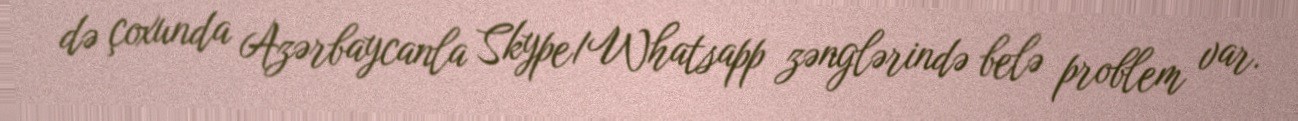
də çoxunda Azərbaycanla Skype/Whatsapp zənglərində belə problem var.